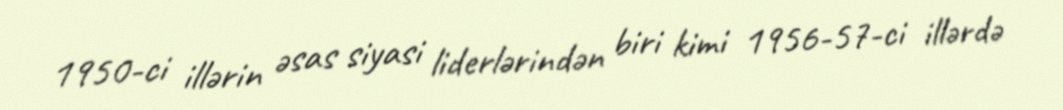
1950-ci illərin əsas siyasi liderlərindən biri kimi 1956-57-ci illərdə